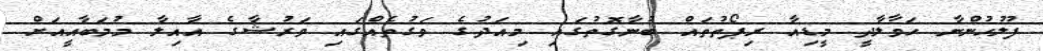
ފުލުހުންނާ ހަވާލާދީ މީޑިއާ ރިޕޯތުތައް ބުނާގޮތުގައި މިއަދުގެ ވަގުތެއްގައި ވަރުޝާގެ އާއިލާ މުމަބާއީއަށް